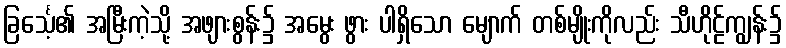
ခြင်္သေ့၏ အမြီးကဲ့သို့ အဖျားစွန်း၌ အမွေး ဖွား ပါရှိသော မျောက် တစ်မျိုးကိုလည်း သီဟိုဠ်ကျွန်း၌